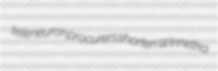
teleneuron procurers shorten Winnetka